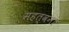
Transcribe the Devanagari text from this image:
महत्वनां